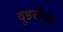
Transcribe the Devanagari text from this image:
वूडरौफ